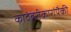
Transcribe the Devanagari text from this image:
कादंबरीकारांपैकी